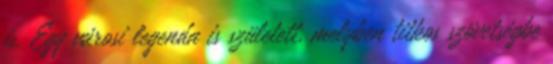
is. Egy városi legenda is született, melyben titkos szövetségbe